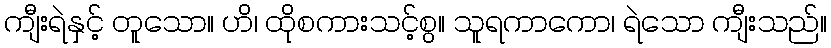
ကျီးရဲနှင့် တူသော။ ဟိ၊ ထိုစကားသင့်စွ။ သူရကာကော၊ ရဲသော ကျီးသည်။